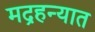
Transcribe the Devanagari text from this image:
मद्रहन्यात